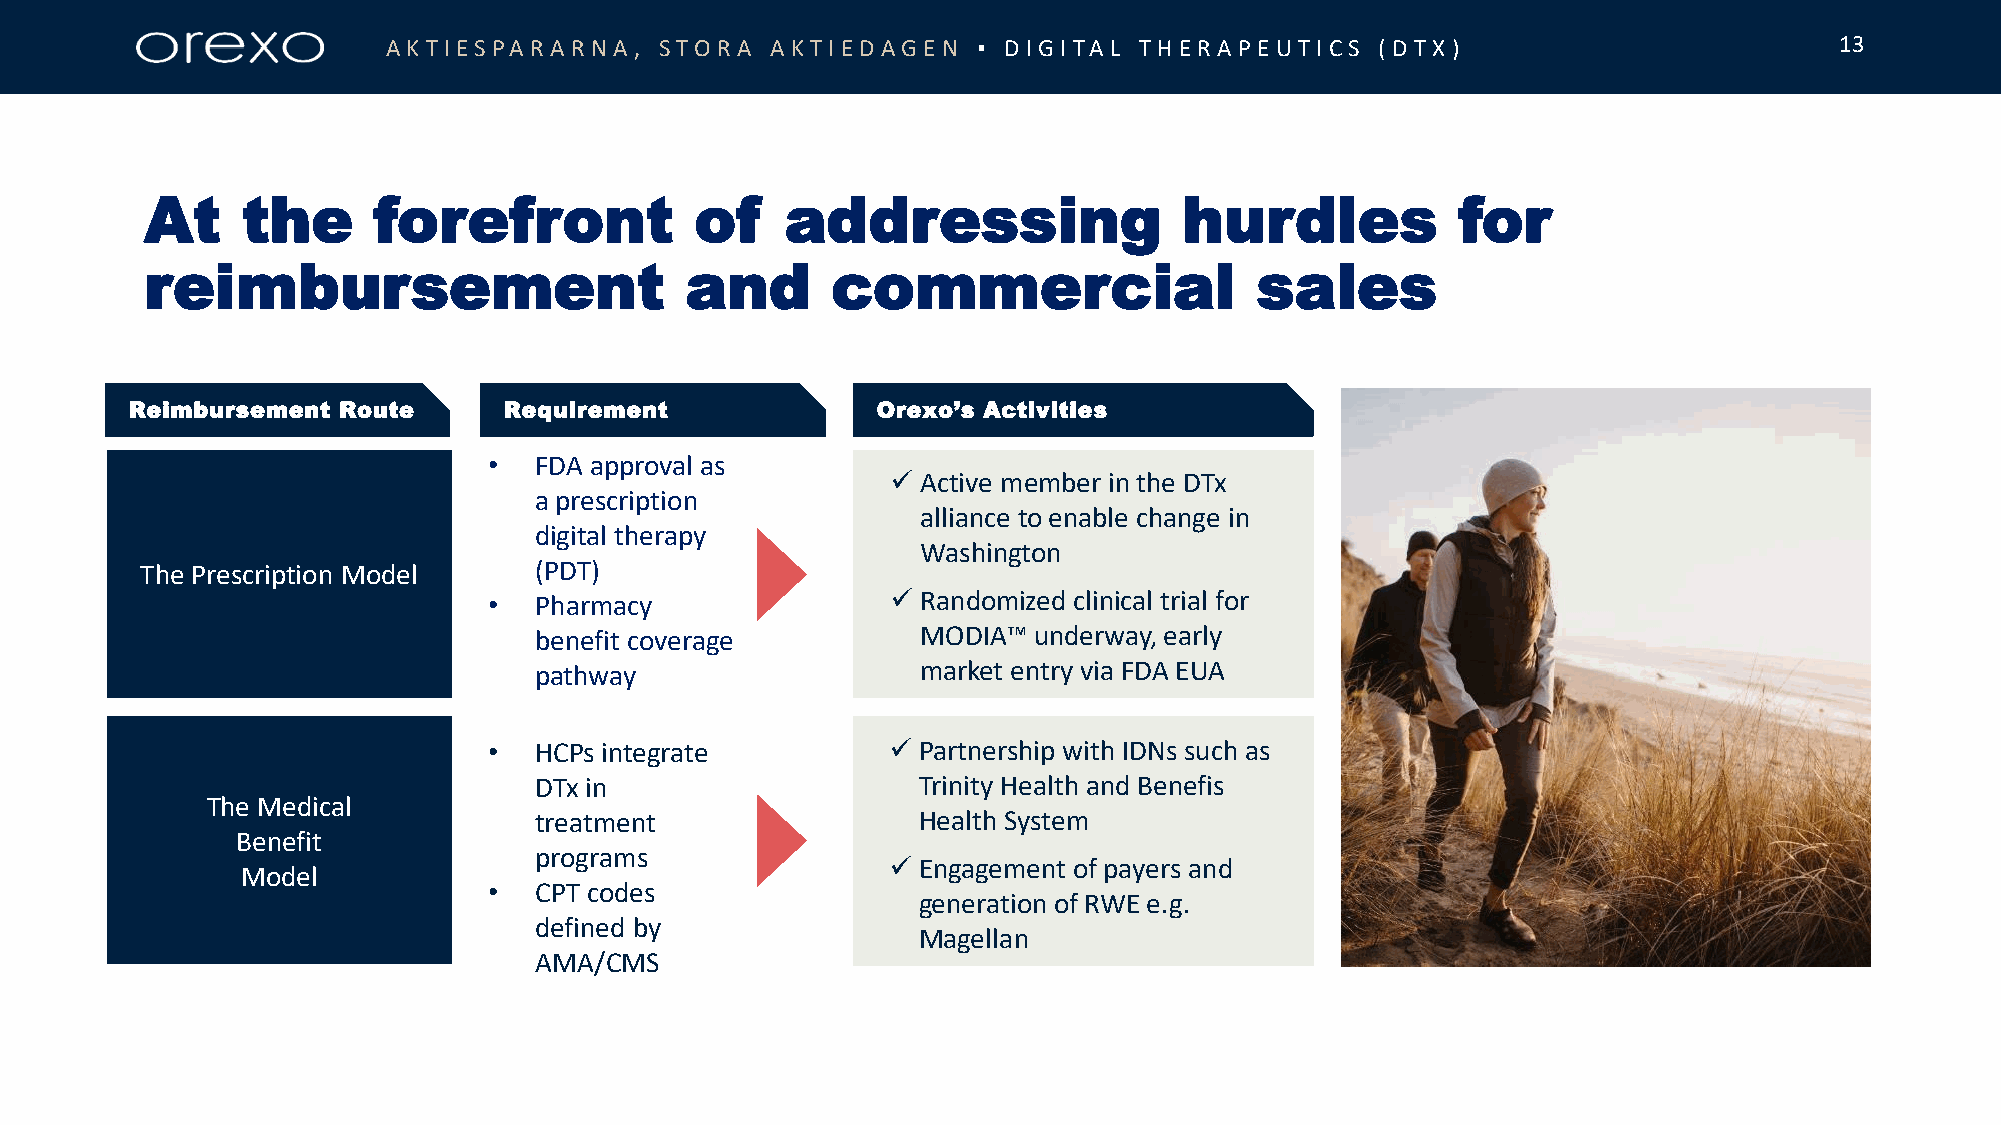
AKT IESPARARN  A , STORA AKT IE DAGE N ▪ D IGITA L T HE RA P E UT ICS (DT X)                    13
 At    the      forefront            of    addressing                hurdles            for
 reimbursement                      and       commercial                  sales
 Reimbursement Route     Requirement              Orexo’s Activities
 •  FDA approval as
  Active member in the DTx
 a prescription
 alliance to enable change in
 digital therapy
 Washington
 The Prescription Model    (PDT)
 •  Pharmacy                 Randomized clinical trial for
 benefit coverage          MODIA™ underway, early
 pathway                   market entry via FDA EUA
 •  HCPs integrate           Partnership with IDNs such as
 DTx in                    Trinity Health and Benefis
 The Medical
 treatment                 Health System
 Benefit
 programs
  Engagement of payers and
 Model
 •  CPT codes
 generation of RWE e.g.
 defined by
 Magellan
 AMA/CMS